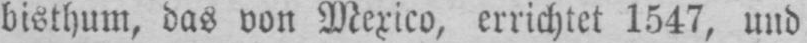
bisthum, das von Mexico, errichtet 1547, und